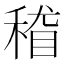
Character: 𱶓